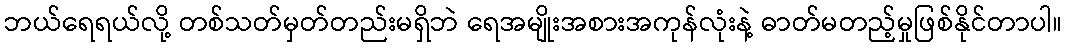
ဘယ်ရေရယ်လို့ တစ်သတ်မှတ်တည်းမရှိဘဲ ရေအမျိုးအစားအကုန်လုံးနဲ့ ဓာတ်မတည့်မှုဖြစ်နိုင်တာပါ။